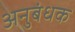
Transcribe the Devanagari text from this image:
अनुबंधक